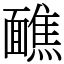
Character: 䩌